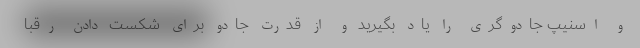
و اسنیپ جادوگری را یاد بگیرید و از قدرت جادو برای شکست دادن رقبا